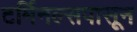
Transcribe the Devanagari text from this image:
टर्मिनल्सपासून